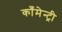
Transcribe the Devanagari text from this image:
काँमेन्ट्री